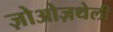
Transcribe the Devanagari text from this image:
ज़ोओज़थेली